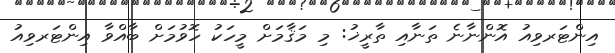
އިންޓަރވިއު އޮންނާނެ ތަނާއި ތާރީޚު: މި މަޤާމަށް މީހަކު ހޮވުމަށް ބާއްވާ އިންޓަރވިއު